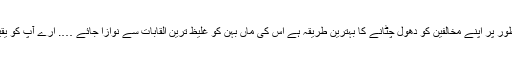
مثال کے طور پر اپنے مخالفین کو دھول چٹانے کا بہترین طریقہ ہے اس کی ماں بہن کو غلیظ ترین القابات سے نوازا جائے …. ارے آپ کو یقین نہیں آتا؟